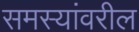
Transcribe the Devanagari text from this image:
समस्यांवरील